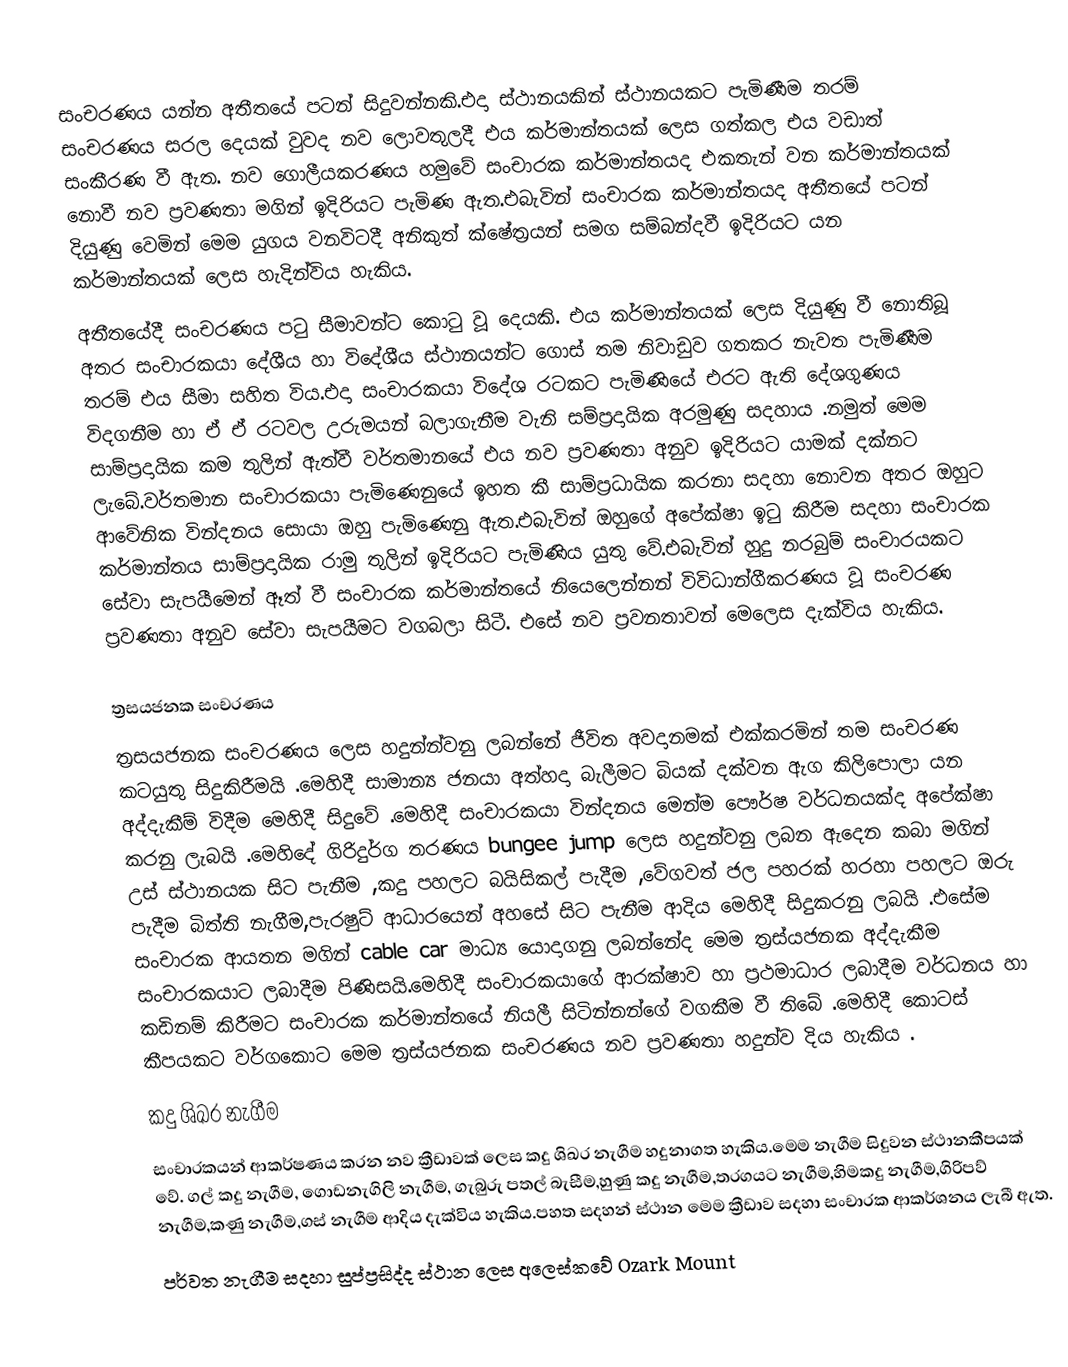
සංචරණය යන්න අතීතයේ පටන් සිදුවන්නකි.එදා ස්ථානයකින් ස්ථානයකට පැමිණීම තරම් සංචරණය සරල දෙයක් වුවද නව ලොවතුලදී එය කර්මාන්තයක්  ලෙස ගත්කල එය වඩාත් සංකීරණ වී ඇත. නව ගොලීයකරණය හමුවේ සංචාරක කර්මාන්තයද එකතැන් වන කර්මාන්තයක් නොවී නව ප්‍රවණතා මගින් ඉදිරියට පැමිණ ඇත.එබැවින් සංචාරක කර්මාන්තයද අතීතයේ පටන් දියුණු වෙමින් මෙම යුගය වනවිටදී අනිකුත් ක්ෂේත්‍රයන් සමග සම්බන්දවී ඉදිරියට යන කර්මාන්තයක් ලෙස හැදින්විය හැකිය.
      අතීතයේදී සංචරණය පටු සීමාවන්ට කොටු වූ දෙයකි. එය කර්මාන්තයක් ලෙස දියුණු වී නොතිබූ අතර සංචාරකයා දේශීය හා විදේශීය ස්ථානයන්ට ගොස් තම නිවාඩුව ගතකර නැවත පැමිණීම තරම් එය සීමා සහිත විය.එදා සංචාරකයා විදේශ රටකට පැමිණියේ එරට ඇති දේශගුණය විදගනීම හා ඒ ඒ රටවල උරුමයන් බලාගැනීම වැනි සම්ප්‍රදායික අරමුණු සදහාය .නමුත් මෙම සාම්ප්‍රදායික කම තුලින් ඇත්වී වර්තමානයේ එය නව ප්‍රවණතා අනුව ඉදිරියට යාමක් දක්නට ලැබේ.වර්තමාන සංචාරකයා පැමිණෙනුයේ ඉහත කී සාම්ප්‍රධායික කරනා සදහා නොවන අතර ඔහුට ආවේනික වින්දනය සොයා ඔහු පැමිණෙනු ඇත.එබැවින් ඔහුගේ අපේක්ෂා ඉටු කිරීම සදහා සංචාරක කර්මාන්තය සාම්ප්‍රදායික රාමු තුලින් ඉදිරියට පැමිණිය යුතු වේ.එබැවින් හුදු නරබුම් සංචාරයකට සේවා සැපයීමෙන් ඈත් වී සංචාරක කර්මාන්තයේ නියෙලෙන්නන් විවිධාන්ගීකරණය වූ සංචරණ ප්‍රවණතා අනුව සේවා සැපයීමට වගබලා සිටී. එසේ නව ප්‍රවනතාවන් මෙලෙස දැක්විය හැකිය.

ත්‍රසයජනක සංචරණය
ත්‍රසයජනක සංචරණය ලෙස හදුන්න්වනු ලබන්නේ ජීවිත අවදානමක් එක්කරමින් තම සංචරණ කටයුතු සිදුකිරීමයි .මෙහිදී සාමාන්‍ය ජනයා අත්හදා බැලීමට බියක් දක්වන ඇග කිලිපොලා යන අද්දැකීම් විදීම මෙහිදී සිදුවේ .මෙහිදී සංචාරකයා වින්දනය මෙන්ම පෞර්ෂ වර්ධනයක්ද අපේක්ෂා කරනු ලැබයි .මෙහිදේ ගිරිදුර්ග තරණය bungee jump ලෙස හදුන්වනු ලබන ඇදෙන කබා මගින් උස් ස්ථානයක සිට පැනීම ,කදු පහලට බයිසිකල් පැදීම ,වේගවත් ජල පහරක් හරහා පහලට ඔරු පැදීම බිත්ති නැගීම,පැරෂුට් ආධාරයෙන් අහසේ සිට පැනීම ආදිය මෙහිදී සිදුකරනු ලබයි .එසේම සංචාරක ආයතන මගින් cable car මාධ්‍ය යොදාගනු ලබන්නේද මෙම ත්‍රස්යජනක අද්දැකීම සංචාරකයාට ලබාදීම පිණිසයි.මෙහිදී සංචාරකයාගේ ආරක්ෂාව හා ප්‍රථමාධාර ලබාදීම වර්ධනය හා කඩිනම් කිරීමට සංචාරක කර්මාන්තයේ නියලී සිටින්නන්ගේ වගකීම වී තිබේ .මෙහිදී කොටස් කීපයකට වර්ගකොට මෙම ත්‍රස්යජනක සංචරණය නව ප්‍රවණතා හදුන්ව දිය හැකිය .
       කදු ශිඛර නැගීම
       සංචාරකයන් ආකර්ෂණය කරන  නව ක්‍රීඩාවක් ලෙස  කදු ශිඛර නැගීම හදුනාගත හැකිය.මෙම නැගීම සිදුවන ස්ථානකීපයක් වේ. ගල් කදු නැගීම, ගොඩනැගිලි නැගීම, ගැබුරු පතල් බැසීම,හුණු කදු නැගීම,තරගයට නැගීම,හිමකදු නැගීම,ගිරිපව් නැගීම,කණු නැගීම,ගස් නැගීම ආදිය දැක්විය හැකිය.පහත සදහන් ස්ථාන මෙම ක්‍රීඩාව සදහා සංචාරක ආකර්ශනය ලැබී ඇත.
         පර්වත නැගීම සදහා සුප්ප්‍රසිද්ද ස්ථාන ලෙස අලෙස්කවේ Ozark Mount